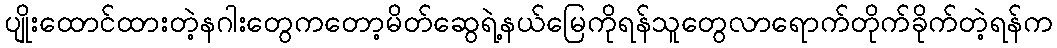
ပျိုးထောင်ထားတဲ့နဂါးတွေကတော့မိတ်ဆွေရဲ့နယ်မြေကိုရန်သူတွေလာရောက်တိုက်ခိုက်တဲ့ရန်က